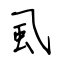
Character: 虱